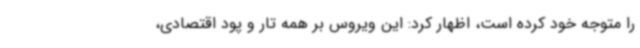
را متوجه خود کرده است، اظهار کرد: این ویروس بر همه تار و پود اقتصادی،